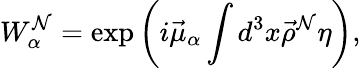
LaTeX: W_{\alpha}^{\cal N}=\exp\left(i\vec{\mu}_{\alpha}\int d^{3}x\vec{\rho}^{\cal N}\eta\right),